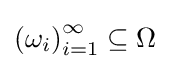
\left(\omega _{i}\right)_{i=1}^{\infty }\subseteq \Omega